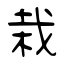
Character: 栽